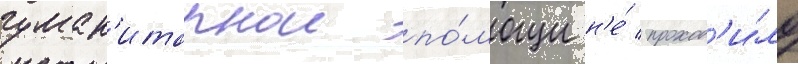
гуман'итарнои по́мощи н'е́ проход'и́ло